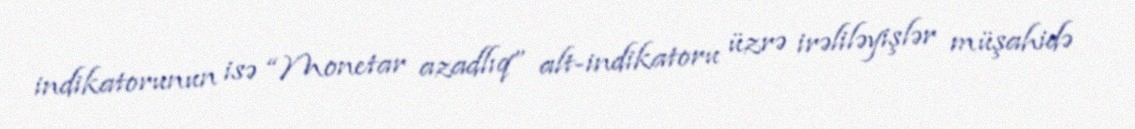
indikatorunun isə “Monetar azadlıq” alt-indikatoru üzrə irəliləyişlər müşahidə